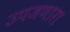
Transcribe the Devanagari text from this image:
उपजणारा